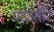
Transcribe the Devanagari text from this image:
पदउसीर